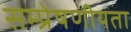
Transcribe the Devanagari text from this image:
सम्‍प्रेषणीयता